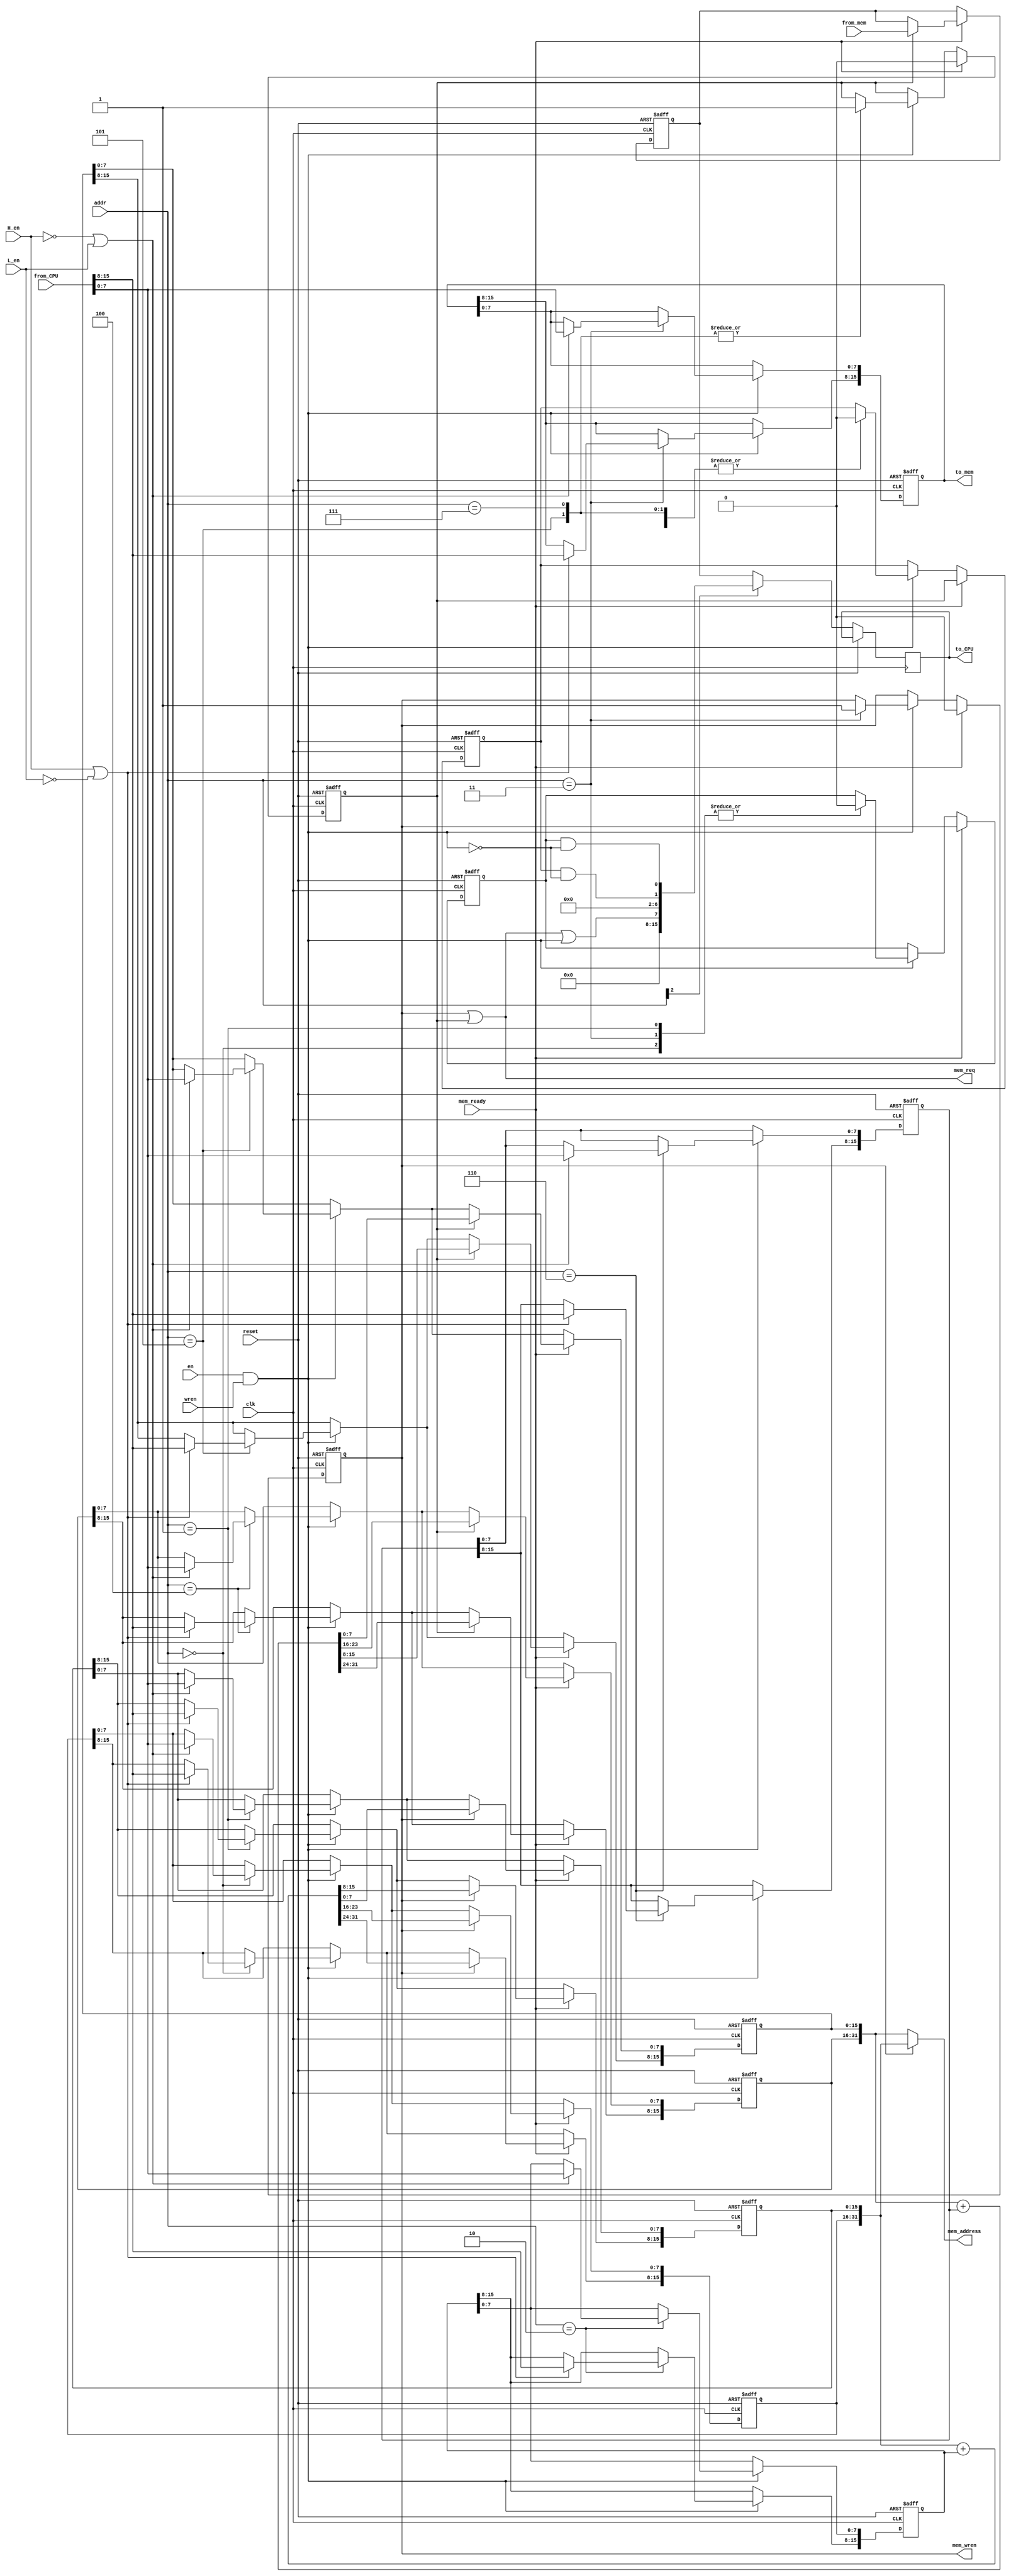
module IOMM(
		input wire clk,
		input wire reset,
		//CPU IO interface
		input wire[2:0] addr,
		input wire en,
		input wire wren,
		input wire H_en,
		input wire L_en, 
		input wire[15:0] from_CPU,
		output reg[15:0] to_CPU,
		//Memory interface
		output wire[31:0] mem_address,
		output wire[15:0] to_mem,
		input wire[15:0] from_mem,
		output wire mem_req,
		output wire mem_wren,
		input wire mem_ready
	);

	reg[15:0] write_address_high;
	reg[15:0] write_address_low;
	reg[15:0] write_increment;
	reg[15:0] write_data;

	reg[15:0] read_address_high;
	reg[15:0] read_address_low;
	reg[15:0] read_increment;
	reg[15:0] read_data;

	reg read_active;
	reg write_active;
	reg read_ready;
	reg write_ready;

	wire high_enable;
	wire low_enable;
	wire write_enable;
	
	wire[7:0] status;

	assign high_enable = (H_en | ~L_en);
	assign low_enable = (~H_en | L_en);
	assign write_enable = en & wren;

	assign mem_address = write_active ? {write_address_high, write_address_low} : {read_address_high, read_address_low};
	assign to_mem = write_data;
	assign mem_req = write_active | read_active;
	assign mem_wren = write_active;
	
	assign status = {(read_active | write_active | write_enable), 5'h00, (read_ready & ~write_enable), (write_ready & ~write_enable)};

	always @(posedge clk or posedge reset)
	begin
		if(reset)
		begin
			write_address_high <= 16'h0000;
			write_address_low <= 16'h0000;
			write_increment <= 16'h0000;
			write_data <= 16'h0000;
			read_address_high <= 16'h0000;
			read_address_low <= 16'h0000;
			read_increment <= 16'h0000;
			read_data <= 16'h0000;
			read_active <= 1'b0;
			write_active <= 1'b0;
			read_ready <= 1'b0;
			write_ready <= 1'b0;
		end
		else
		begin
			to_CPU <= addr[2] ? {8'h00, status} : read_data;
			if(write_enable)
			begin
				case(addr)
					3'h0:	//write address high
					begin
						if(high_enable)
							write_address_high[15:8] <= from_CPU[15:8];
						if(low_enable)
							write_address_high[7:0] <= from_CPU[7:0];
						write_ready <= 1'b0;
					end
					3'h1:	//write address low
					begin
						if(high_enable)
							write_address_low[15:8] <= from_CPU[15:8];
						if(low_enable)
							write_address_low[7:0] <= from_CPU[7:0];
						write_ready <= 1'b0;
					end
					3'h2:	//write address increment
					begin
						if(high_enable)
							write_increment[15:8] <= from_CPU[15:8];
						if(low_enable)
							write_increment[7:0] <= from_CPU[7:0];
					end
					3'h3:	//write data
					begin
						if(high_enable)
							write_data[15:8] <= from_CPU[15:8];
						if(low_enable)
							write_data[7:0] <= from_CPU[7:0];
						write_active <= 1'b1;
						write_ready <= 1'b0;
					end
					3'h4:	//read address high
					begin
						if(high_enable)
							read_address_high[15:8] <= from_CPU[15:8];
						if(low_enable)
							read_address_high[7:0] <= from_CPU[7:0];
						read_ready <= 1'b0;
					end
					3'h5:	//read address low
					begin
						if(high_enable)
							read_address_low[15:8] <= from_CPU[15:8];
						if(low_enable)
							read_address_low[7:0] <= from_CPU[7:0];
						read_active <= 1'b1;
						read_ready <= 1'b0;
					end
					3'h6:	//read address increment
					begin
						if(high_enable)
							read_increment[15:8] <= from_CPU[15:8];
						if(low_enable)
							read_increment[7:0] <= from_CPU[7:0];
					end
					3'h7:	//status
					begin
						read_active <= 1'b1;
						read_ready <= 1'b0;
					end
				endcase // addr
			end

			if(mem_ready)
			begin
				read_active <= 1'b0;
				write_active <= 1'b0;
				read_ready <= read_active;
				write_ready <= write_active;
				if(read_active)
				begin
					{read_address_high, read_address_low} <= {read_address_high, read_address_low} + {16'h0000, read_increment};
					read_data <= from_mem;
				end
				if(write_active)
				begin
					{write_address_high, write_address_low} <= {write_address_high, write_address_low} + {16'h0000, write_increment};
				end
			end
		end
	end

endmodule